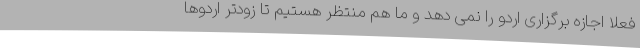
فعلا اجازه برگزاری اردو را نمی دهد و ما هم منتظر هستیم تا زودتر اردوها